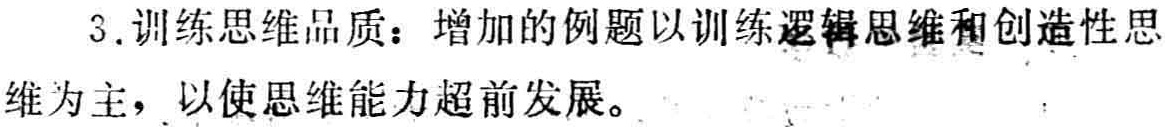
3. 训练思维品质：增加的例题以训练\textbf{逻辑思维}和创造性思维为主，以使思维能力超前发展。